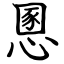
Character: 慁